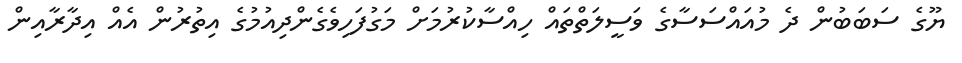
ޔޫގެ ސަބަބުން ދެ މުއައްސަސާގެ ވަސީލަތްތައް ހިއްސާކުރުމަށް މަގުފަހިވެގެންދިއުމުގެ އިތުރުން އެއް އިދާރާއިން